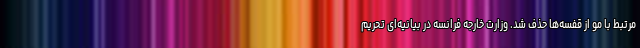
مرتبط با مو از قفسه‌ها حذف شد. وزارت خارجه فرانسه در بیانیه‌ای تحریم